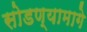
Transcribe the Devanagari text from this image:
सोडण्यामागे